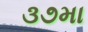
૩૭મા